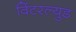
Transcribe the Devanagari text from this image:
विंटरल्युड